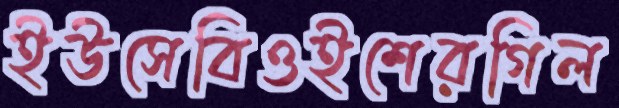
ইউসেবিওইশেরগিল